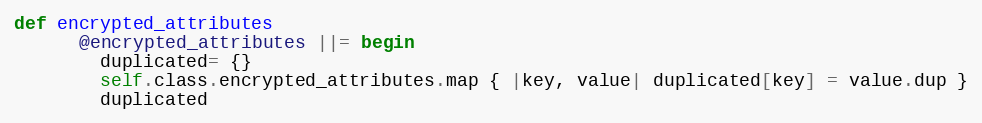
Language: Ruby
def encrypted_attributes
      @encrypted_attributes ||= begin
        duplicated= {}
        self.class.encrypted_attributes.map { |key, value| duplicated[key] = value.dup }
        duplicated